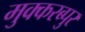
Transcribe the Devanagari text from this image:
मुक्करब्पुर